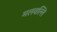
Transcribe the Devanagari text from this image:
मलवल्लि